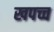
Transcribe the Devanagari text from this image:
खपच्च